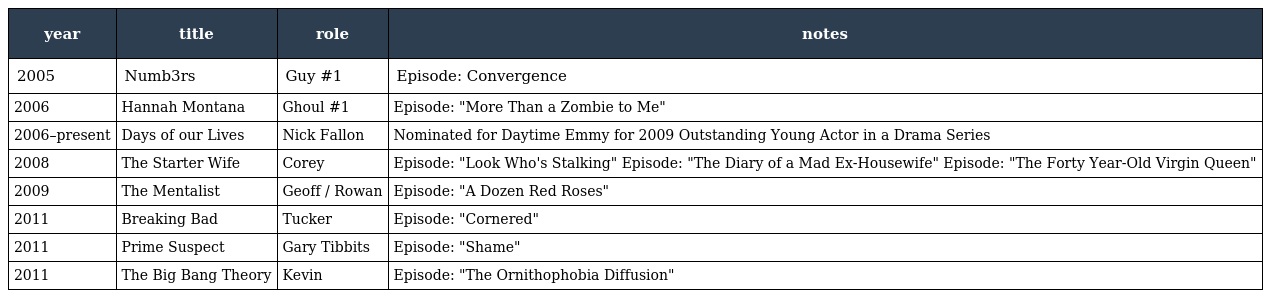
| year | title | role | notes |
 | --- | --- | --- | --- |
 | 2005 | Numb3rs | Guy #1 | Episode: Convergence |
 | 2006 | Hannah Montana | Ghoul #1 | Episode: "More Than a Zombie to Me" |
 | 2006–present | Days of our Lives | Nick Fallon | Nominated for Daytime Emmy for 2009 Outstanding Young Actor in a Drama Series |
 | 2008 | The Starter Wife | Corey | Episode: "Look Who's Stalking" Episode: "The Diary of a Mad Ex-Housewife" Episode: "The Forty Year-Old Virgin Queen" |
 | 2009 | The Mentalist | Geoff / Rowan | Episode: "A Dozen Red Roses" |
 | 2011 | Breaking Bad | Tucker | Episode: "Cornered" |
 | 2011 | Prime Suspect | Gary Tibbits | Episode: "Shame" |
 | 2011 | The Big Bang Theory | Kevin | Episode: "The Ornithophobia Diffusion" |